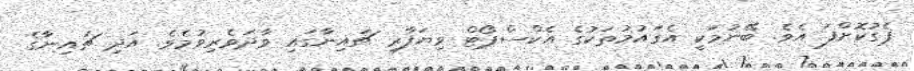
ޕެގުކޮށްފަ އެވެ. ބޭނުމަކީ އެގައުމުތަކުގެ އެކްސްޕޯޓް ވިޔަފާރި ޗައިނާގައި ވާދަވެރިވުމެވެ. އަދި ޗައިނާގެ